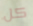
كل